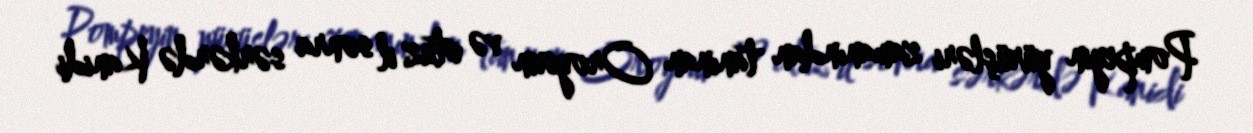
Pompeyin yürüşləri zamanından tanınan Oroysun və otuz il sonra sərkərdə Kanidi